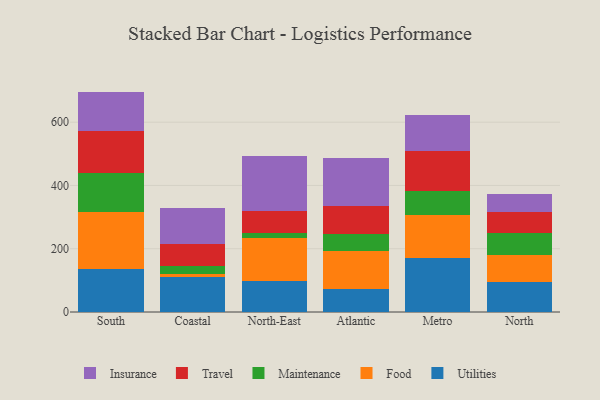
{"axis": {"x": "Region", "y": "Energy Usage (MWh)"}, "legend": ["Food", "Insurance", "Maintenance", "Travel", "Utilities"], "data": [{"x": "South", "y": 136.9, "type": "Utilities"}, {"x": "South", "y": 178.2, "type": "Food"}, {"x": "South", "y": 125.0, "type": "Maintenance"}, {"x": "South", "y": 130.9, "type": "Travel"}, {"x": "South", "y": 125.7, "type": "Insurance"}, {"x": "Coastal", "y": 112.0, "type": "Utilities"}, {"x": "Coastal", "y": 9.6, "type": "Food"}, {"x": "Coastal", "y": 22.9, "type": "Maintenance"}, {"x": "Coastal", "y": 69.2, "type": "Travel"}, {"x": "Coastal", "y": 115.0, "type": "Insurance"}, {"x": "North-East", "y": 98.5, "type": "Utilities"}, {"x": "North-East", "y": 134.2, "type": "Food"}, {"x": "North-East", "y": 16.7, "type": "Maintenance"}, {"x": "North-East", "y": 68.5, "type": "Travel"}, {"x": "North-East", "y": 175.4, "type": "Insurance"}, {"x": "Atlantic", "y": 72.5, "type": "Utilities"}, {"x": "Atlantic", "y": 120.3, "type": "Food"}, {"x": "Atlantic", "y": 53.3, "type": "Maintenance"}, {"x": "Atlantic", "y": 87.6, "type": "Travel"}, {"x": "Atlantic", "y": 154.1, "type": "Insurance"}, {"x": "Metro", "y": 169.7, "type": "Utilities"}, {"x": "Metro", "y": 137.4, "type": "Food"}, {"x": "Metro", "y": 74.0, "type": "Maintenance"}, {"x": "Metro", "y": 126.5, "type": "Travel"}, {"x": "Metro", "y": 114.2, "type": "Insurance"}, {"x": "North", "y": 95.2, "type": "Utilities"}, {"x": "North", "y": 86.5, "type": "Food"}, {"x": "North", "y": 66.7, "type": "Maintenance"}, {"x": "North", "y": 66.5, "type": "Travel"}, {"x": "North", "y": 58.2, "type": "Insurance"}]}